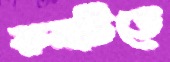
রুমটিতে